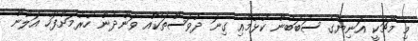
މި މެޗަކީ އަނިޔާގެ ސަބަބުން ކުޅުމާއި ގިނަ ދުވަސްތަކެއް ވަންދެން ހުރުމަށްފަހު އަލުން